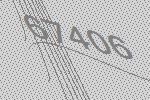
67406